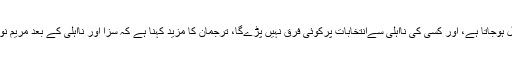
بیان میں کہا گیا ہے کہ عدالت کی جانب سے جس کو بھی سزا ہو وہ نااہل ہوجاتا ہے، اور کسی کی نااہلی سےانتخابات پرکوئی فرق نہیں پڑےگا، ترجمان کا مزید کہنا ہے کہ سزا اور نااہلی کے بعد مریم نواز اور کیپٹن (ر) صفدر کا نام ہٹا کر نئے بیلٹ پیپرز چھاپے جائیں گے۔